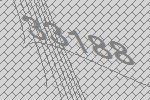
33188